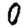
Digit: 0